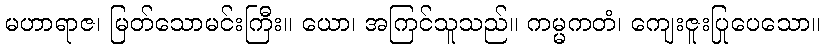
မဟာရာဇ၊ မြတ်သောမင်းကြီး။ ယော၊ အကြင်သူသည်။ ကမ္မကတံ၊ ကျေးဇူးပြုပေသော။